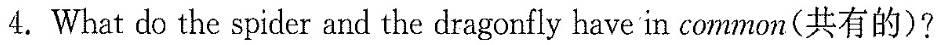
4.What do the spider and the dragonfly have in common(共有的)?